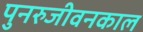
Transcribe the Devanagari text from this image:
पुनरुजीवनकाल